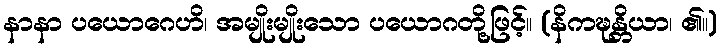
နာနာ ပယောဂေဟိ၊ အမျိုးမျိုးသော ပယောဂတို့ဖြင့်။ (နိကဍ္ဎန္တိယာ၊ ၏။)